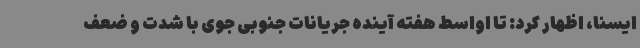
ایسنا، اظهار کرد: تا اواسط هفته آینده جریانات جنوبی جوی با شدت و ضعف